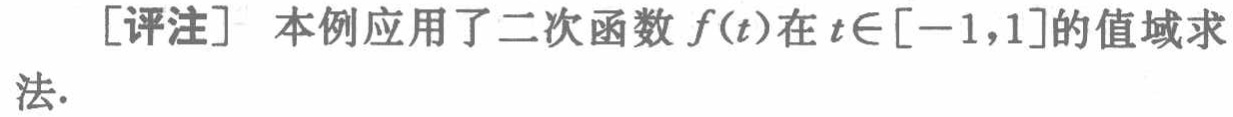
[评注] 本例应用了二次函数 \(f(t)\)在 \(t\in[-1,1]\)的值域求法.